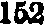
152